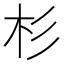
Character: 杉